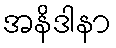
အနိဒါနာ